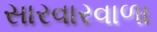
સારવારવાળા